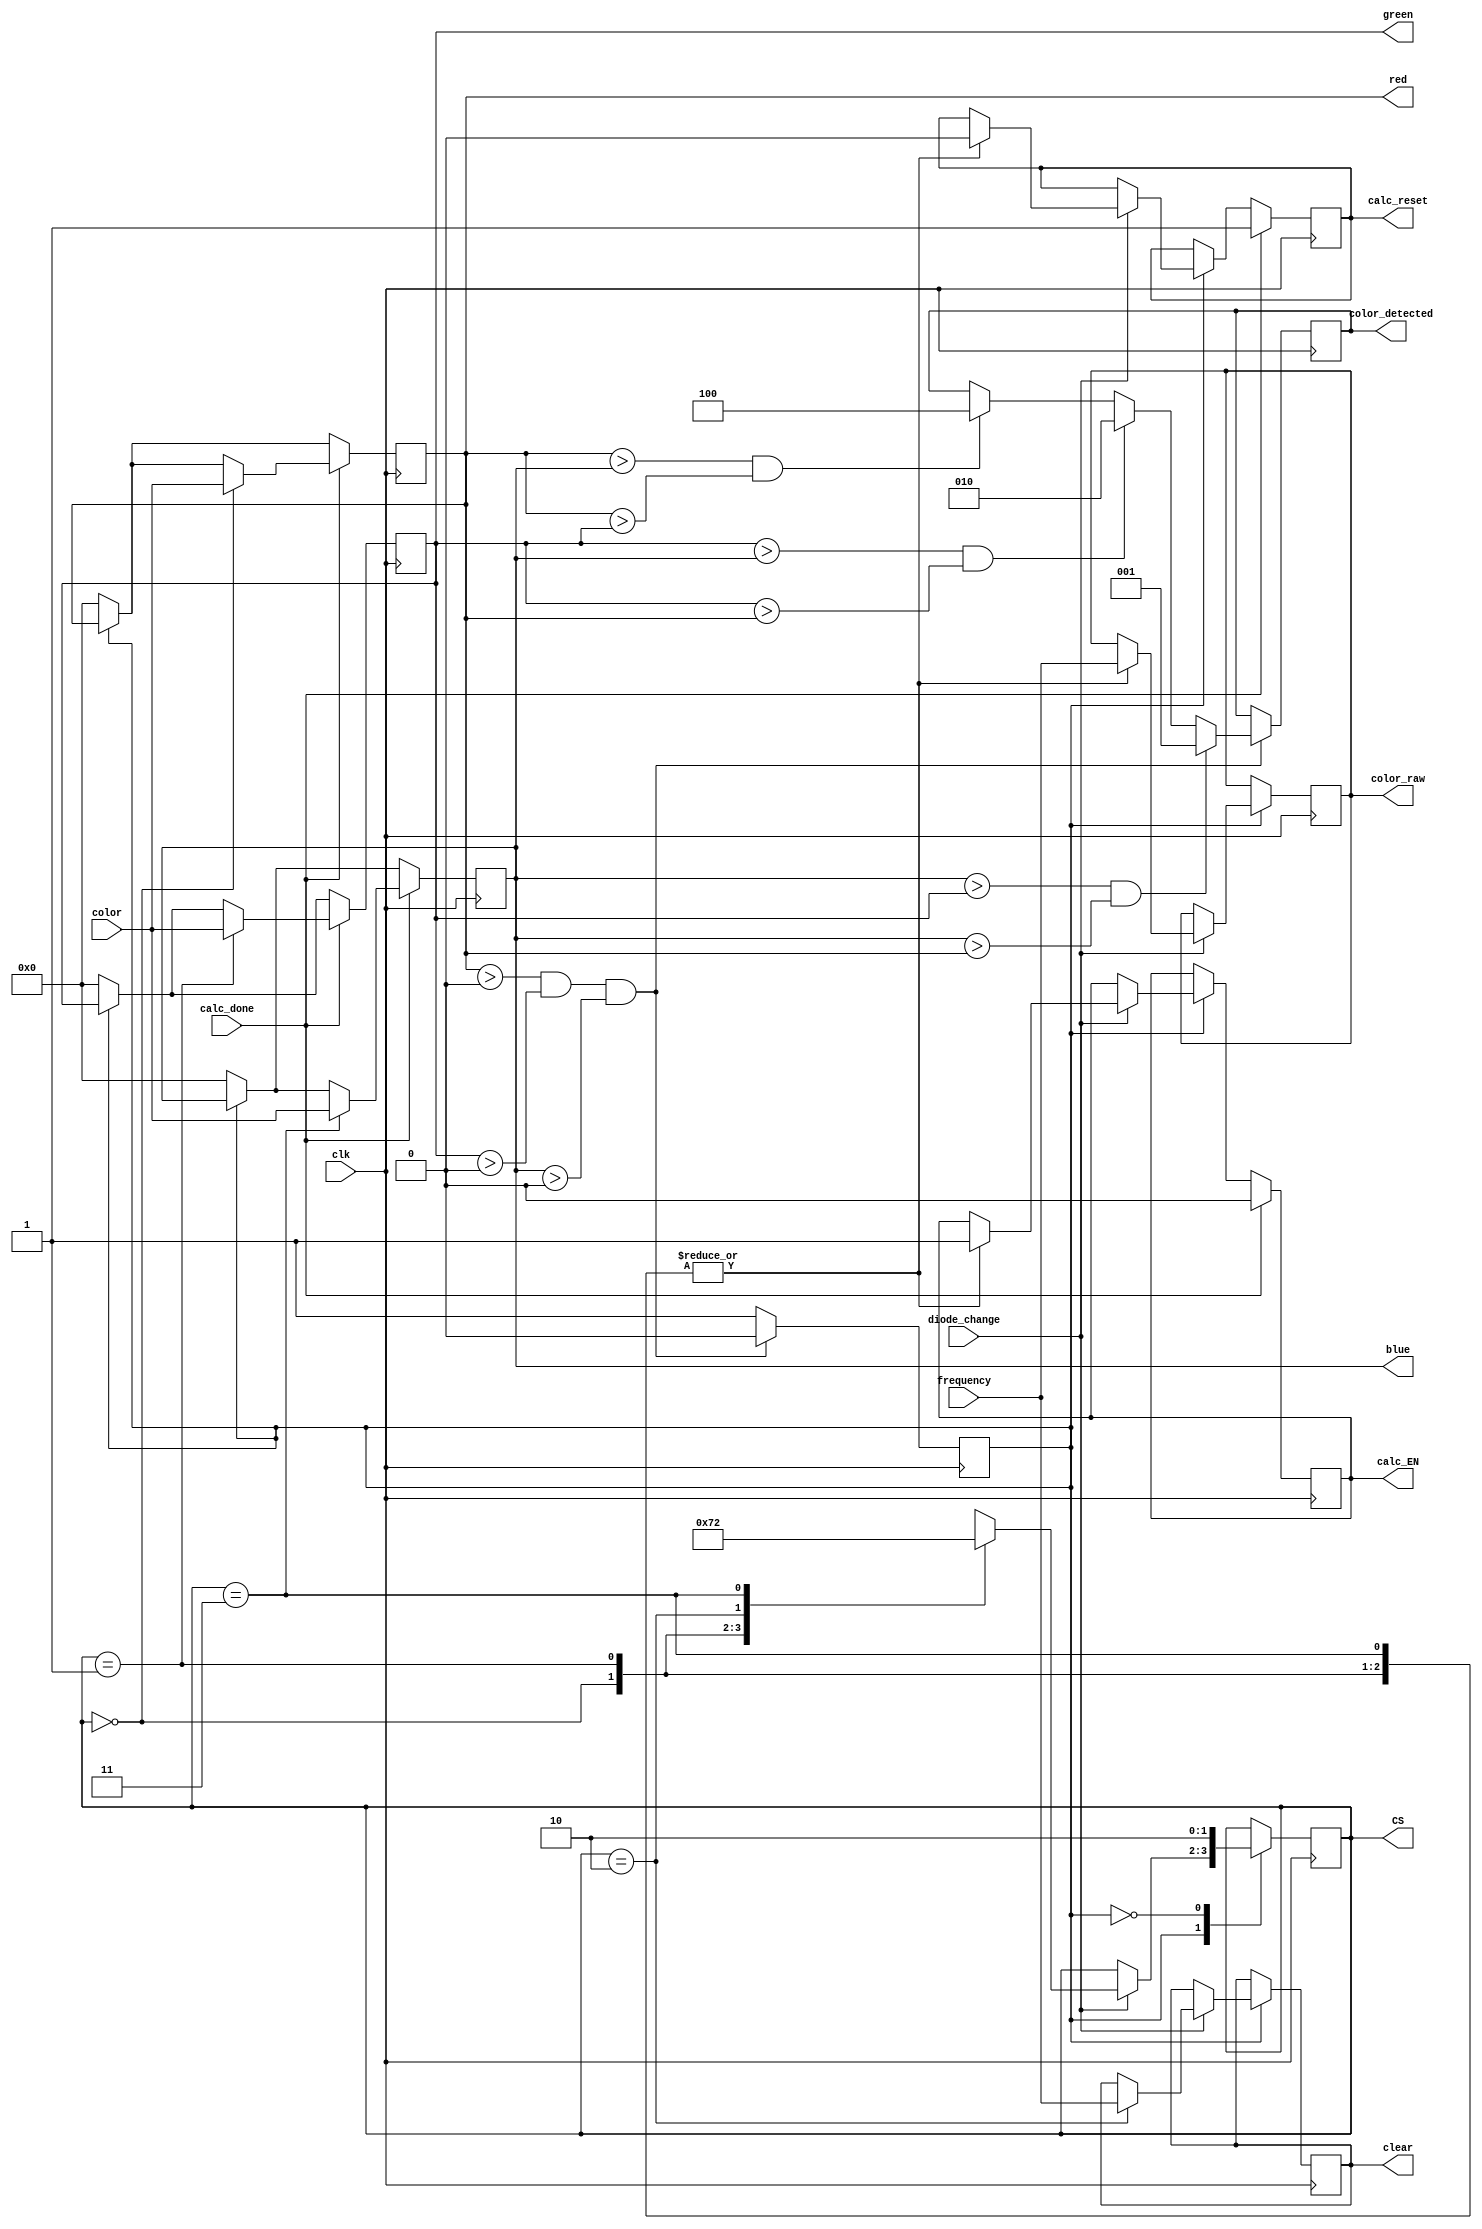
/*
--------------------------------------------------------
Color Sensor Module
-------------------------------------------------------
Works in tandem with freq_counter module. Saves the frequency found to the 
corresponding register of color. (R,G,B,C). Then changes the diode being read on
the color sensor. 
Once data saved, performs percentage operation for each filter diode over clear
using the calc_perc module.
Once the percentage is found, it will be compared to values found through testing
to determine which color was detected.
-------------------------------------------------------
Author : Akhil Kapadia
-------------------------------------------------------
*/
module color_sensor(
	input clk,
	input [18:0] frequency,
	input [7:0] color,
	input calc_done,
	input diode_change,
	output [1:0] CS,
	output reg calc_EN,
	output reg calc_reset,
	output reg [18:0] clear,
	output reg [18:0] color_raw,
	output reg [2:0] color_detected,
output reg [7:0] red,
output reg [7:0] green,
output reg [7:0] blue

);      
//Internal regs
reg [1:0] S;
reg enable;
reg done;
reg [1:0] count ;
parameter RESET = 0;
parameter DETECTING = 1;

initial begin
    S = 2;
	clear = 1;
	color_raw = 1;
	red <= 0;
	green <= 0;
	blue <= 0;
	color_detected <= 0;
end
initial S = 2;
assign CS = S;
//Change the color coming in via CS.
// RED		00	0
// GREEN	01	1
// BLUE		11	3
// CLEAR	10	2

always @ (posedge clk)
  begin  
  case(enable)
  1: begin
  //Sets the individual color frequencies to whatever its supposed to be.
    if(diode_change)
		  case (S)
            0: begin	//Red color	%
					color_raw <= frequency;		//set reg to be outputed to normalizer to input from freq_counter
					calc_EN <= 1;				//Start calculations
					calc_reset <= 0; 
					S <= 2'b01;
				end
            1: begin	// Green color %
					color_raw <= frequency;		//set reg to be outputed to normalizer to input from freq_counter
					calc_EN <= 1;				//Start calculations
					calc_reset <= 0;
					S <= 2'b11;
			   end
            2: begin    //Always get clear first before other colors.
					clear <= frequency; 
					S <= 2'b00;
			   end
            3: begin    //Blue Color %
					color_raw <= frequency;		//set reg to be outputed to normalizer to input from freq_counter
					calc_EN <= 1;				//Start calculations
					calc_reset <= 0;
					S <= 2'b10;
				end
          endcase

		
	end
	0: begin
       S <= 2;
       red <= 0;
       green <= 0;
       blue <= 0;
	   end
    endcase

		if(calc_done)
		begin
		//Store percentage color/clear in local regs for comparison.
		//Since the diode (S) changes before the calculation, we keep this in mind when assigning color.
			case(S)
			0:begin red <= color; end
			1:begin
			     green <= color;
			     //ount <= count+1;
			  end
			2: begin
			   end
			3: begin 
			     blue <= color;
			     count <= count + 1;
			   end
			endcase
		//Reset calculations
			calc_EN <=0;
			calc_reset <= 1;
		end


       //Compare Colors to see which is more prominent.  
	   //First make sure none are zero.
       if((red>0) && (green >0) && (blue>0))
		//Which ever is largest (smallest) is the most prominent.
		begin  
			if((red > blue ) && (red > green))	//Red
				color_detected <= 3'b100;
			if((green > blue) && (green > red))	//Green
				color_detected <= 3'b010;
			if((blue > green) && (blue > red))	//Blue
				color_detected <= 3'b001;	
			//count <= 0;
			enable <= 0;
		end
		else enable <= 1;
		
  end		
  
endmodule